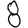
Digit: 8